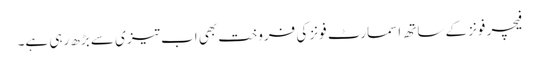
فیچر فونز کے ساتھ اسمارٹ فونز کی فروخت بھی اب تیزی سے بڑھ رہی ہے۔